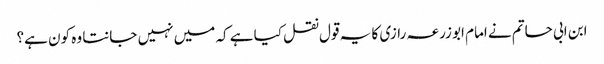
ابن ابی حاتم نے امام ابو زرعہ رازی کا یہ قول نقل کیا ہے کہ میں نہیں جانتا وہ کون ہے؟